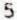
5